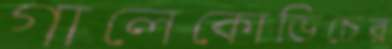
গালেকোভিচের